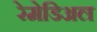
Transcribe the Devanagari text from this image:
रेमेडिअल